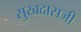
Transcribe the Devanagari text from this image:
सुखदासजी